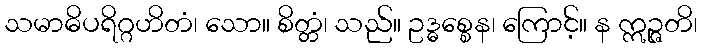
သမာဓိပရိဂ္ဂဟိတံ၊ သော။ စိတ္တံ၊ သည်။ ဥဒ္ဓစ္စေန၊ ကြောင့်။ န ဣဉ္ဇတိ၊